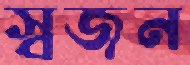
স্বজন